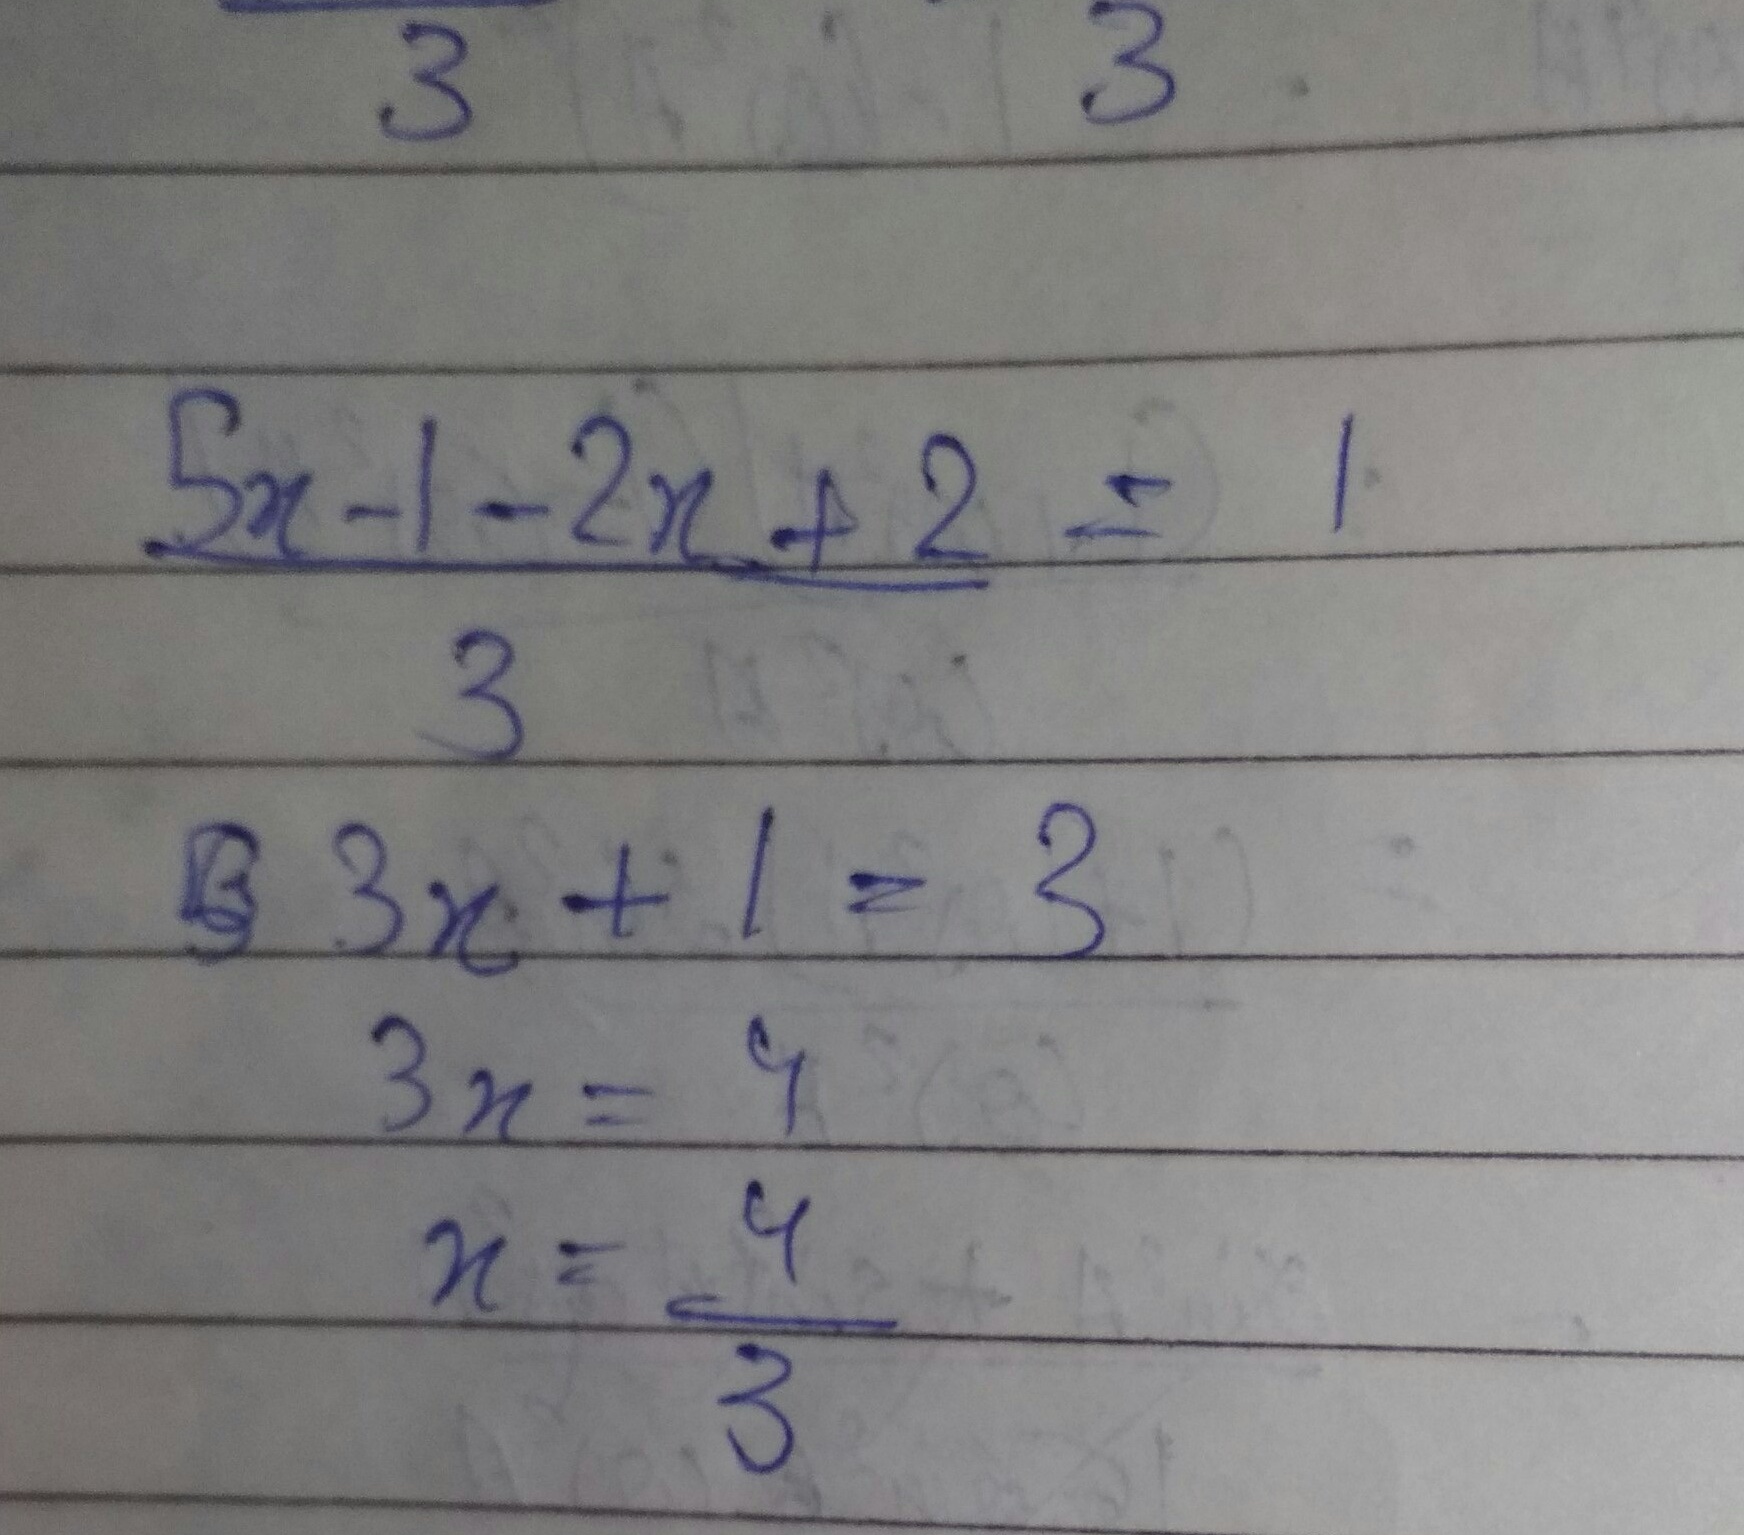
\begin{align*}
&\frac{5x - 1 - 2x + 2}{3}=1\\
&3x + 1 = 3\\
&3x=2\\
&x=\frac{2}{3}
\end{align*}